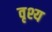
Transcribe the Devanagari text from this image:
वृश्य